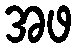
အဖ